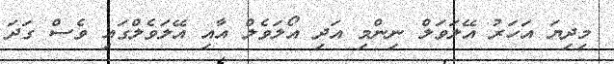
މިދިޔަ އަހަރު އޭލަވަލް ނިންމި އަދި އޯލަވެލް އާއި އޭލަވެލްގައި ވެސް ގަދަ